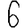
Digit: 6